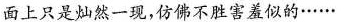
面上只是灿然一现，仿佛不胜害羞似的……